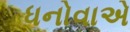
ધનોવાએ